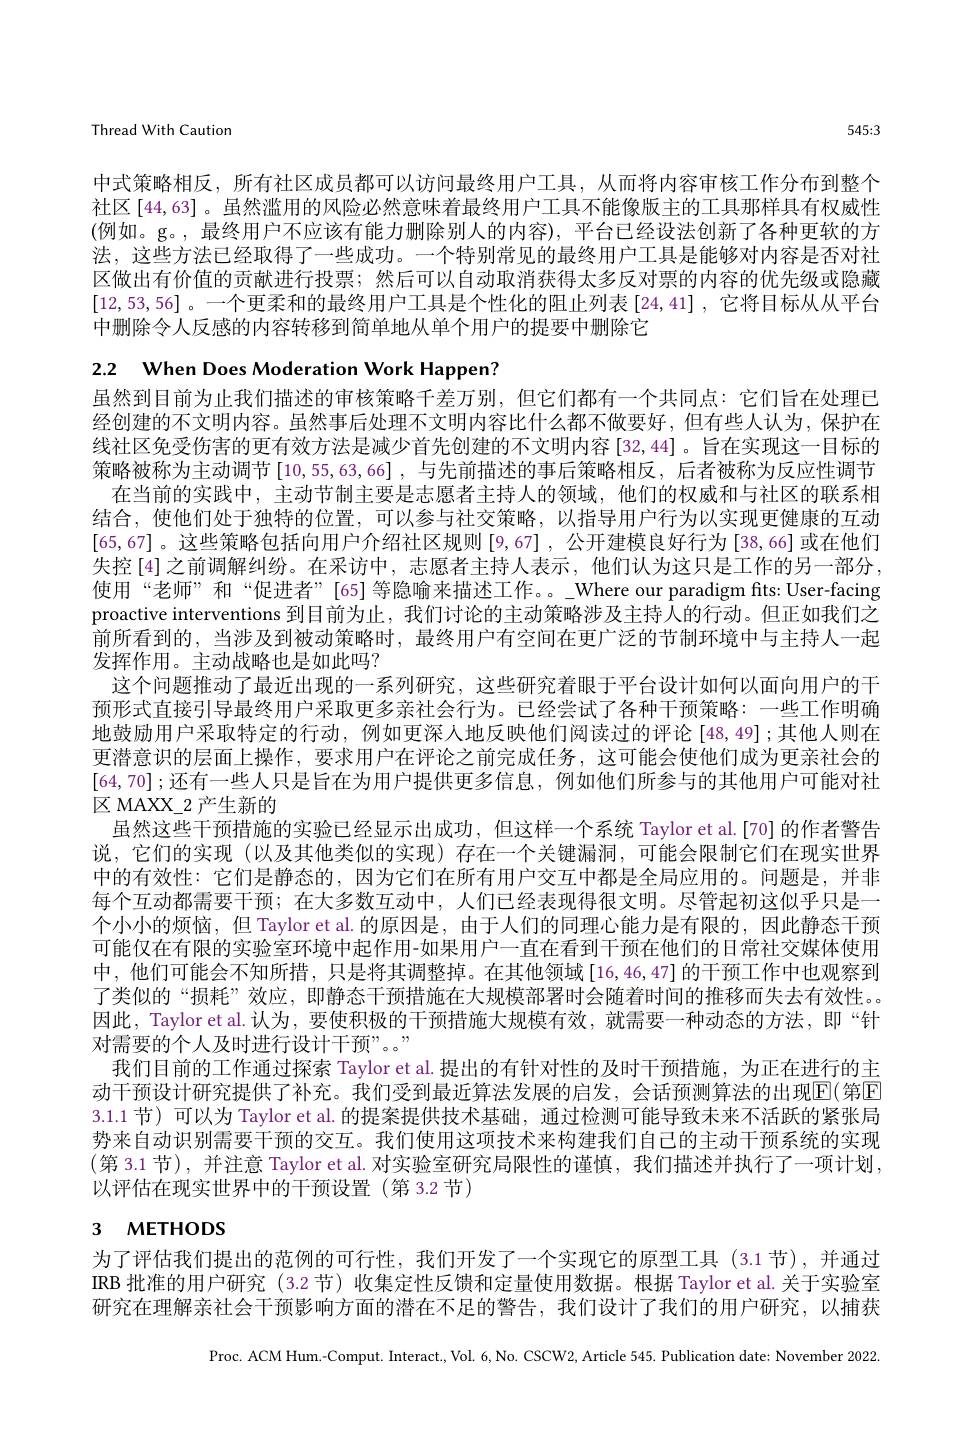
Thread With Caution

545:3

中式策略相反，所有社区成员都可以访问最终用户工具，从而将内容审核工作分布到整个社区 [44,63] 。虽然滥用的风险必然意味着最终用户工具不能像版主的工具那样具有权威性(例如。g。,最终用户不应该有能力删除别人的内容),平台已经设法创新了各种更软的方法，这些方法已经取得了一些成功。一个特别常见的最终用户工具是能够对内容是否对社区做出有价值的贡献进行投票；然后可以自动取消获得太多反对票的内容的优先级或隐藏[12,53,56] 。一个更柔和的最终用户工具是个性化的阻止列表[24,41] ,它将目标从从平台中删除令人反感的内容转移到简单地从单个用户的提要中删除它

2.2 When Does Moderation Work Happen?
虽然到目前为止我们描述的审核策略千差万别，但它们都有一个共同点：它们旨在处理已经创建的不文明内容。虽然事后处理不文明内容比什么都不做要好，但有些人认为，保护在线社区免受伤害的更有效方法是减少首先创建的不文明内容[32,44]。旨在实现这一目标的策略被称为主动调节[10,55,63,66],与先前描述的事后策略相反，后者被称为反应性调节
在当前的实践中，主动节制主要是志愿者主持人的领域，他们的权威和与社区的联系相结合，使他们处于独特的位置，可以参与社交策略，以指导用户行为以实现更健康的互动[65,67]。这些策略包括向用户介绍社区规则 [9,67] ,公开建模良好行为[38,66] 或在他们失控[4]之前调解纠纷。在采访中，志愿者主持人表示，他们认为这只是工作的另一部分， 使用“老师”和“促进者”[65]等隐喻来描述工作。。_Where our paradigm fits: User-facing proactive interventions 到目前为止，我们讨论的主动策略涉及主持人的行动。但正如我们之前所看到的，当涉及到被动策略时，最终用户有空间在更广泛的节制环境中与主持人一起发挥作用。主动战略也是如此吗？
这个问题推动了最近出现的一系列研究，这些研究着眼于平台设计如何以面向用户的干预形式直接引导最终用户采取更多亲社会行为。已经尝试了各种干预策略：一些工作明确地鼓励用户采取特定的行动，例如更深人地反映他们阅读过的评论 [48,49];其他人则在更潜意识的层面上操作，要求用户在评论之前完成任务，这可能会使他们成为更亲社会的[64,70];还有一些人只是旨在为用户提供更多信息，例如他们所参与的其他用户可能对社$区$MAXX\_2 产生新的
虽然这些干预措施的实验已经显示出成功，但这样一个系统 Taylor et al.[70] 的作者警告说，它们的实现(以及其他类似的实现)存在一个关键漏洞，可能会限制它们在现实世界中的有效性：它们是静态的，因为它们在所有用户交互中都是全局应用的。问题是，并非每个互动都需要干预；在大多数互动中，人们已经表现得很文明。尽管起初这似乎只是一个小小的烦恼，但 Taylor et al. 的原因是，由于人们的同理心能力是有限的，因此静态干预可能仅在有限的实验室环境中起作用-如果用户一直在看到干预在他们的日常社交媒体使用中，他们可能会不知所措，只是将其调整掉。在其他领域[16,46,47]的干预工作中也观察到了类似的“损耗”效应，即静态干预措施在大规模部署时会随着时间的推移而失去有效性。。因此，Taylor et al. 认为，要使积极的干预措施大规模有效，就需要一种动态的方法，即“针对需要的个人及时进行设计干预”。。"
我们目前的工作通过探索 Taylor et al.提出的有针对性的及时干预措施，为正在进行的主动干预设计研究提供了补充。我们受到最近算法发展的启发，会话预测算法的出现E(第E 3.1.1 节) 可以为 Taylor et al. 的提案提供技术基础，通过检测可能导致未来不活跃的紧张局势来自动识别需要干预的交互。我们使用这项技术来构建我们自己的主动干预系统的实现(第 3.1 节), 并注意 Taylor et al. 对实验室研究局限性的谨慎，我们描述并执行了一项计划， 以评估在现实世界中的干预设置(第 3.2 节)

# 3 метнорз

为了评估我们提出的范例的可行性，我们开发了一个实现它的原型工具(3.1节),并通过IRB 批准的用户研究 (3.2 节)收集定性反馈和定量使用数据。根据 Taylor et al. 关于实验室研究在理解亲社会干预影响方面的潜在不足的警告，我们设计了我们的用户研究，以捕获

Proc. ACM Hum.-Comput. Interact., Vol. 6, No. CSCW2, Article 545. Publication date: November 2022